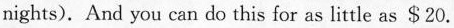
nights), And you can do this for as little as $20.